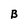
Character: B